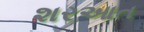
શરઆત